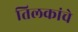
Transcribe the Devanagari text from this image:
तिलकांचे